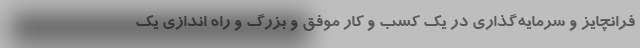
فرانچایز و سرمایه‌گذاری در یک کسب و کار موفق و بزرگ و راه اندازی یک